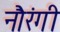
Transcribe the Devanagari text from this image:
नौरंगी